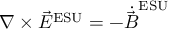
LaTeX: \nabla \times { \vec { E } } ^ { \mathrm { E S U } } = - { \dot { \vec { B } } } ^ { \mathrm { E S U } }